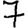
Digit: 7